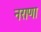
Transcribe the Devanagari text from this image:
नराणा